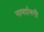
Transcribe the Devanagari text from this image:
नामर्दानगी